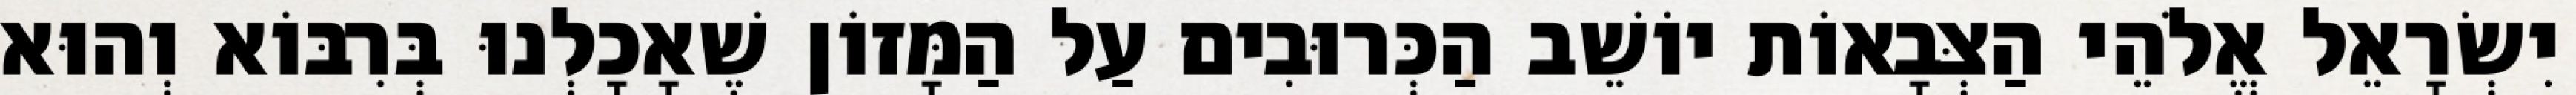
יִשְׂרָאֵל אֱלֹהֵי הַצְּבָאוֹת יוֹשֵׁב הַכְּרוּבִים עַל הַמָּזוֹן שֶׁאָכָלְנוּ בְּרִבּוֹא וְהוּא